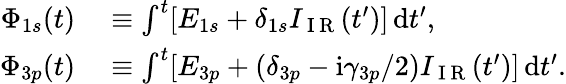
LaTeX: \begin{array}{rl}{\Phi_{1s}(t)}&{{}\equiv\int^{t}[E_{1s}+\delta_{1s}I_{\mathrm{~I~R~}}(t^{\prime})]\, \mathrm dt^{\prime},}\\ {\Phi_{3p}(t)}&{{}\equiv\int^{t}[E_{3p}+(\delta_{3p}-\mathrm i\gamma_{3p}/2)I_{\mathrm{~I~R~}}(t^{\prime})]\, \mathrm dt^{\prime}.}\end{array}